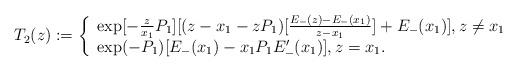
LaTeX: \begin{align*} T_2(z):= \left\{ \begin{array}{ll} \exp[-\frac{z}{x_1}P_1][(z-x_1-zP_1)[\frac{E_-(z)-E_-(x_1)}{z-x_1}]+E_-(x_1)] , z \neq x_1 \\ \exp(-P_1)[E_-(x_1)-x_1P_1E_-'(x_1)] , z = x_1. \end{array} \right.\end{align*}